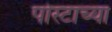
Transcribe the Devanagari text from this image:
पोस्टाच्या